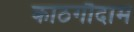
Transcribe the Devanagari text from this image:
काठगौदाम